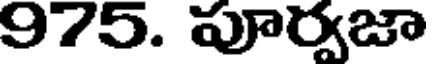
975. పూర్వజా